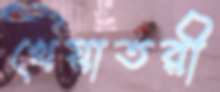
খেয়াতরী